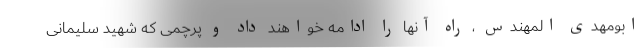
ابومهدی المهندس ، راه آنها را ادامه خواهند داد و پرچمی که شهید سلیمانی